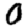
Digit: 0